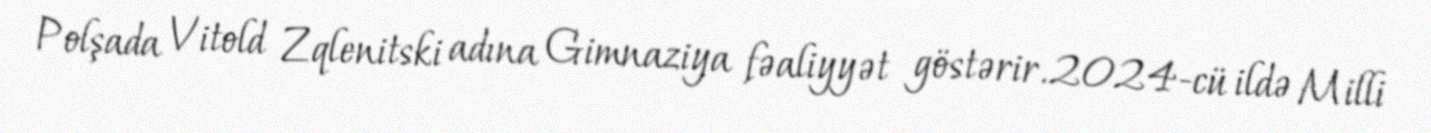
Polşada Vitold Zqlenitski adına Gimnaziya fəaliyyət göstərir.2024-cü ildə Milli